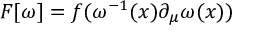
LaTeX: F [ \omega ] = f ( \omega ^ { - 1 } ( x ) \partial _ { \mu } \omega ( x ) )